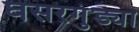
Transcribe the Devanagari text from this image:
घसरगुंड्या